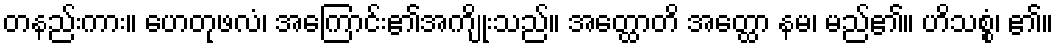
တနည်းကား။ ဟေတုဖလံ၊ အကြောင်း၏အကျိုးသည်။ အတ္ထောတိ အတ္ထော နမ၊ မည်၏။ ဟိသစ္စံ၊ ၏။